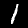
Label: 1